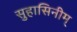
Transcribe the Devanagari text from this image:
सुहासिनीम्